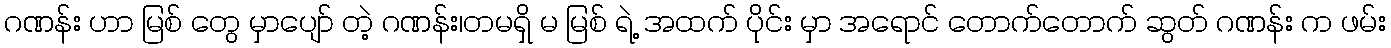
ဂဏန်း ဟာ မြစ် တွေ မှာပျော် တဲ့ ဂဏန်း၊တမရှိ မ မြစ် ရဲ့ အထက် ပိုင်း မှာ အရောင် တောက်တောက် ဆွတ် ဂဏန်း က ဖမ်း